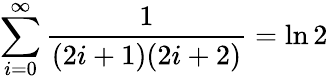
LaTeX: \sum_{i=0}^{\infty}{\frac{1}{(2i+1)(2i+2)}}=\ln 2